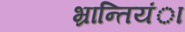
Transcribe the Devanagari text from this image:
भ्रान्तियंा